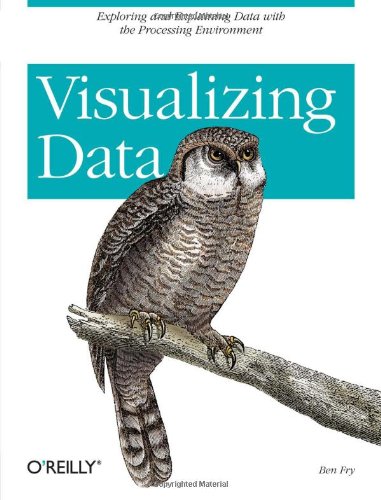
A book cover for Visualizing Data: Exploring and Explaining Data with the Processing Environment; Ben Fry; Computers & Technology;